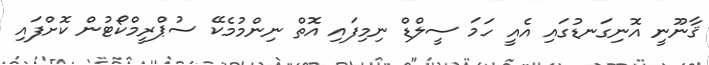
ޤާނޫނީ އޮނިގަނޑުގައި އެއީ ހަމަ ސީލްޑް ނިމިފައި އޮތް ނިންމުމެކޭ ސުޕްރީމްކޯޓުން ކޮށްފައި